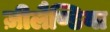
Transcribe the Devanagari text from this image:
ज़ीलैण्डिया